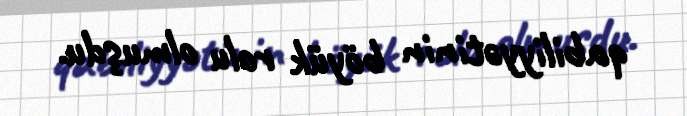
qabiliyyətinin böyük rolu olmuşdu.